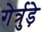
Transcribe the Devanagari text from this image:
गेर्त्रुड़े